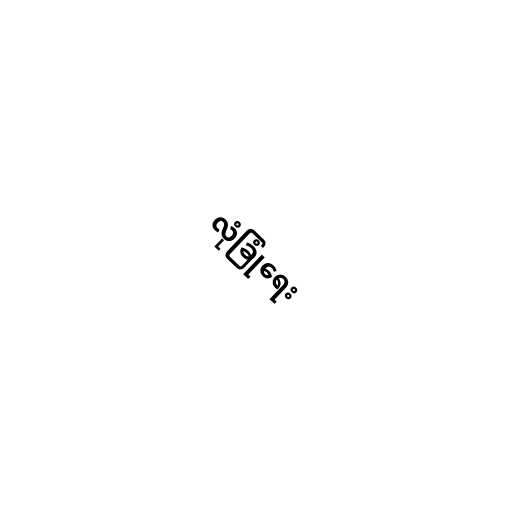
လုံခြုံရေး